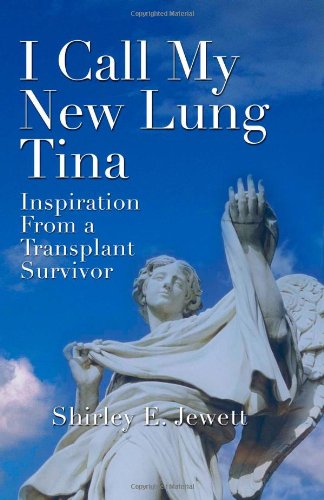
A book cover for I Call My New Lung Tina: Inspiration from a Transplant Survivor; Shirley E. Jewett; Health, Fitness & Dieting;